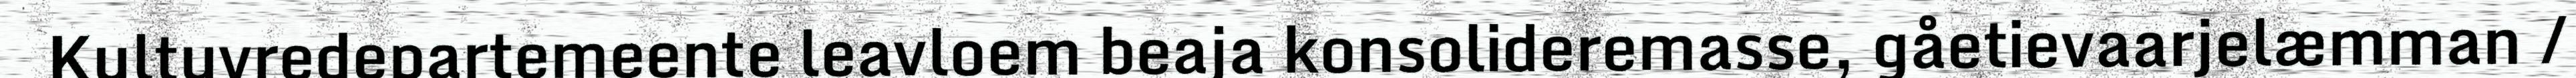
Kultuvredepartemeente leavloem beaja konsolideremasse, gåetievaarjelæmman /